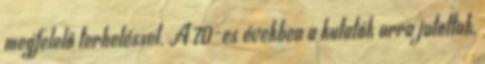
megfelelő terheléssel. A 70-es években a kutatók arra jutottak,